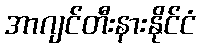
အာဂျင်တီးနားနိုင်ငံ